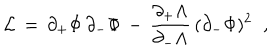
LaTeX: { \cal L } \, = \, \partial _ { + } \Phi \, \partial _ { - } \Phi \, - \, { \frac { \partial _ { + } \Lambda } { \partial _ { - } \Lambda } } \, ( \partial _ { - } \Phi ) ^ { 2 } \; \; ,